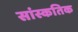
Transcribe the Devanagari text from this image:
सांस्कतिक